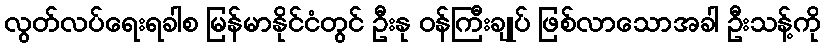
လွတ်လပ်ရေးရခါစ မြန်မာနိုင်ငံတွင် ဦးနု ဝန်ကြီးချုပ် ဖြစ်လာသောအခါ ဦးသန့်ကို